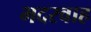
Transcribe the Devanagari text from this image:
भदरवाह